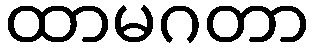
ထာမဂတာ